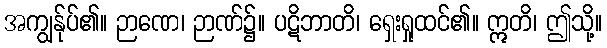
အကျွန်ုပ်၏။ ဉာဏေ၊ ဉာဏ်၌။ ပဋိဘာတိ၊ ရှေးရှုထင်၏။ ဣတိ၊ ဤသို့။